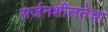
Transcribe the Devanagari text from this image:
सर्जनशीलतेचा